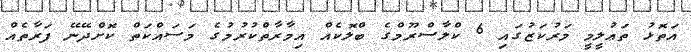
އަތޮޅު ތަޢުލީމީ މަރުކަޒުގައި 6 ކްލާސްރޫމްގެ ބްލޮކެއް އިމާރާތްކުރުމުގެ މަސައްކަތް ކޮށްދޭނޭ ފަރާތެއް